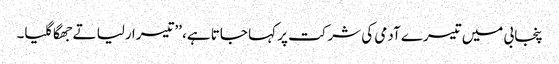
پنجابی میں تیسرے آدمی کی شرکت پر کہا جاتا ہے، ’’تیسرا رلیا تے جھگا گلیا۔